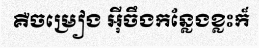
គឺចម្រៀង អ៊ីចឹងកន្លែងខ្លះក៏